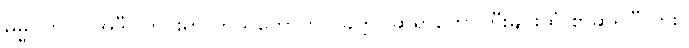
ဓမ္မဂုတ်။ ။ အဲဒီဝါတွင်းမှာ ကိုယ်တော်က ပခုက္ကူ ဆရာတော်ကြီးများထံ စာဆိုရပြီလား။